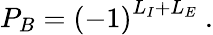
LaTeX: P_{B}=\left(-1\right)^{L_{I}+L_{E}}\ .